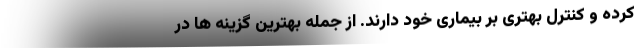
کرده و کنترل بهتری بر بیماری خود دارند. از جمله بهترین گزینه ها در